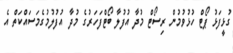
ގުޅީފަޅު ޕޯޓް ހުޅުވުމުން ރިސޯޓް މުދާ އުފުލާ ބޯޓްފަހަރުގެ މުދާ އުފުލުމުގެމަސައްކަތް އެ